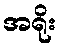
အရိုး